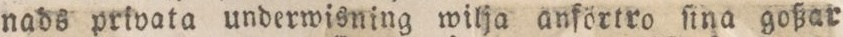
nads privata underwisning wilja anförtro ſina goßar